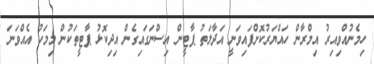
ހިމެނުއްވިއިރު އިމްރާން ހައްޔަރުކޮށްފައިވަނީ އަދާލަތު ޕާޓީން އިސްނަގައިގެން އިދިކޮޅު ޕާޓީތަކުން މިމަހު އެއްވަނަ